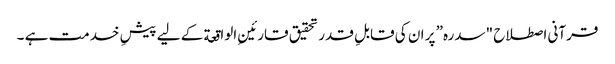
قرآنی اصطلاح "سدرہ” پر ان کی قابلِ قدر تحقیق قارئینِ الواقعة کے لیے پیشِ خدمت ہے ۔